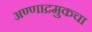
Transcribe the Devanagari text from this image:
अण्णाद्रमुकचा